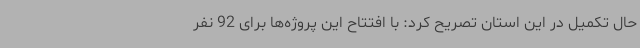
حال تکمیل در این استان تصریح کرد: با افتتاح این پروژه‌ها برای 92 نفر